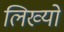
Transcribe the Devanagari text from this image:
लिख्‍यो